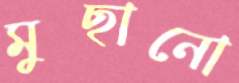
মুছানো